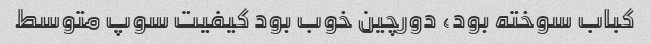
کباب سوخته بود، دورچین خوب بود کیفیت سوپ متوسط